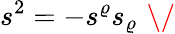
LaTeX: s^{2}=-s^{\varrho}s_{\varrho}\, \, \/